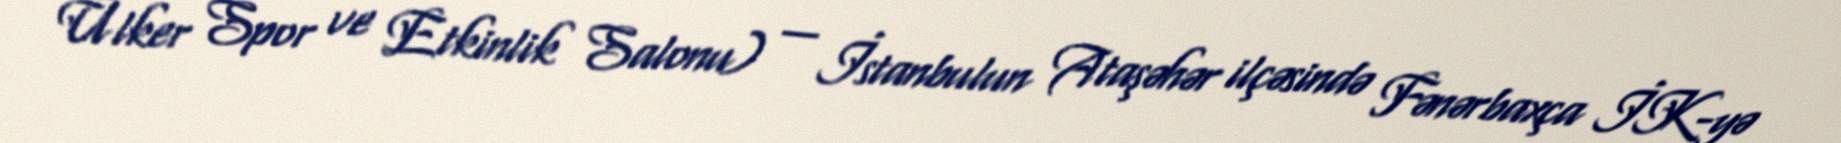
Ülker Spor ve Etkinlik Salonu) — İstanbulun Ataşəhər ilçəsində Fənərbaxça İK-yə